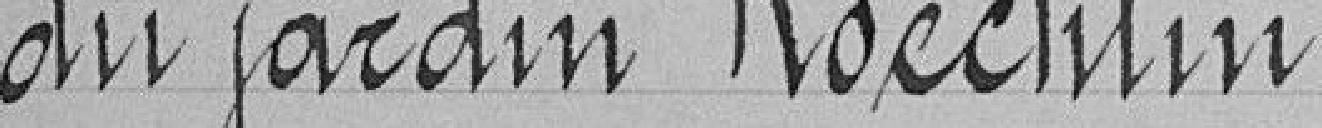
du jardin Koecklin